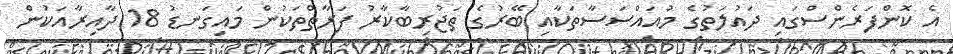
އެ ކޮންފަރެންސްގައި ދައުލަތުގެ މުއައްސަސާތަކާއި ބޭރުގެ ތަޖުރިބާކާރު ފަރާތްތަކުން މައިގަނޑު 18 ދާއިރާއަކުން